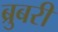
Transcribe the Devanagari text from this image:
ब्रुबरी